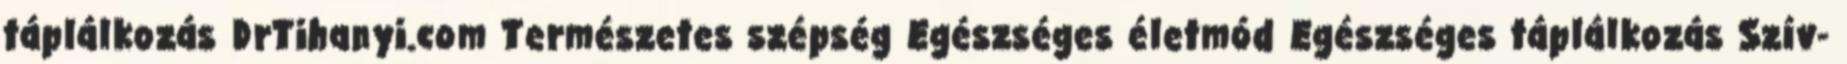
táplálkozás DrTihanyi.com Természetes szépség Egészséges életmód Egészséges táplálkozás Szív-